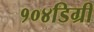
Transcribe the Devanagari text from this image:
१०४डिग्री